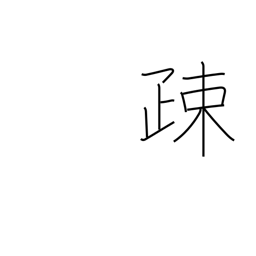
Meaning: alienate